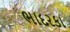
ભાદરકા